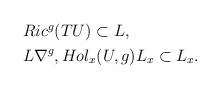
LaTeX: \begin{align*}\begin{aligned}&Ric^g(TU) \subset L, \\ &L \nabla^g,Hol_x(U,g)L_x \subset L_x.\end{aligned}\end{align*}